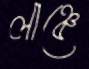
লাঞ্চে